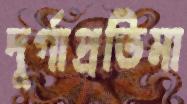
দুর্গাপ্রতিমা